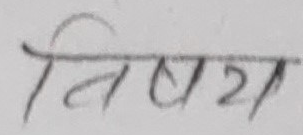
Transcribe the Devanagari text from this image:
विषय